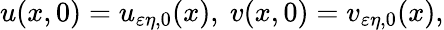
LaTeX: u(x,0)=u_{\varepsilon\eta,0}(x),\ v(x,0)=v_{\varepsilon\eta,0}(x),